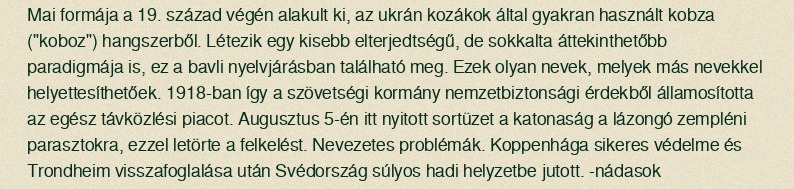
Mai formája a 19. század végén alakult ki, az ukrán kozákok által gyakran használt kobza ("koboz") hangszerből. Létezik egy kisebb elterjedtségű, de sokkalta áttekinthetőbb paradigmája is, ez a bavli nyelvjárásban található meg. Ezek olyan nevek, melyek más nevekkel helyettesíthetőek. 1918-ban így a szövetségi kormány nemzetbiztonsági érdekből államosította az egész távközlési piacot. Augusztus 5-én itt nyitott sortüzet a katonaság a lázongó zempléni parasztokra, ezzel letörte a felkelést. Nevezetes problémák. Koppenhága sikeres védelme és Trondheim visszafoglalása után Svédország súlyos hadi helyzetbe jutott. -nádasok